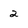
Character: 2